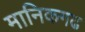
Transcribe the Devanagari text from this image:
मानिकगढ